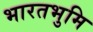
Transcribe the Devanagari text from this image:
भारतभुमि